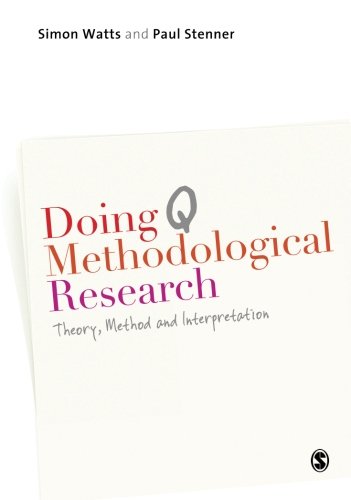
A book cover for Doing Q Methodological Research: Theory, Method & Interpretation; Simon Watts; Reference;